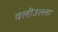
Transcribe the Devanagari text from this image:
वलीउल्ला